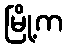
မြို့က